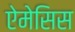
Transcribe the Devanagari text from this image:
ऐमेसिस